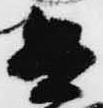
兵